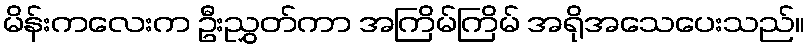
မိန်းကလေးက ဦးညွှတ်ကာ အကြိမ်ကြိမ် အရိုအသေပေးသည်။